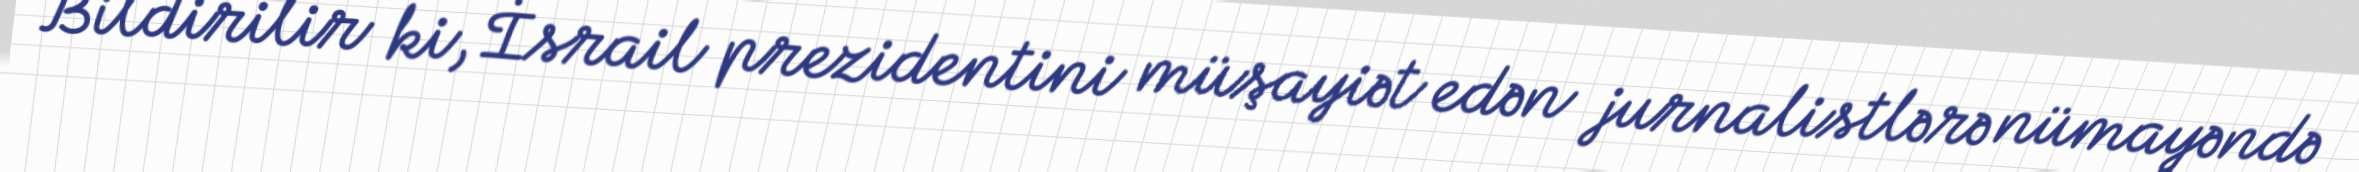
Bildirilir ki, İsrail prezidentini müşayiət edən jurnalistlərə nümayəndə